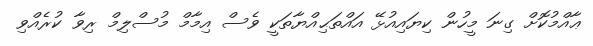
ޢާއްމުކޮށް ގިނަ މީހުން ކިޔައިއުޅޭ އައްތަޙިއްޔާތަކީ ވެސް އިމާމް މުސްލިމް ރިވާ ކުރެއްވި